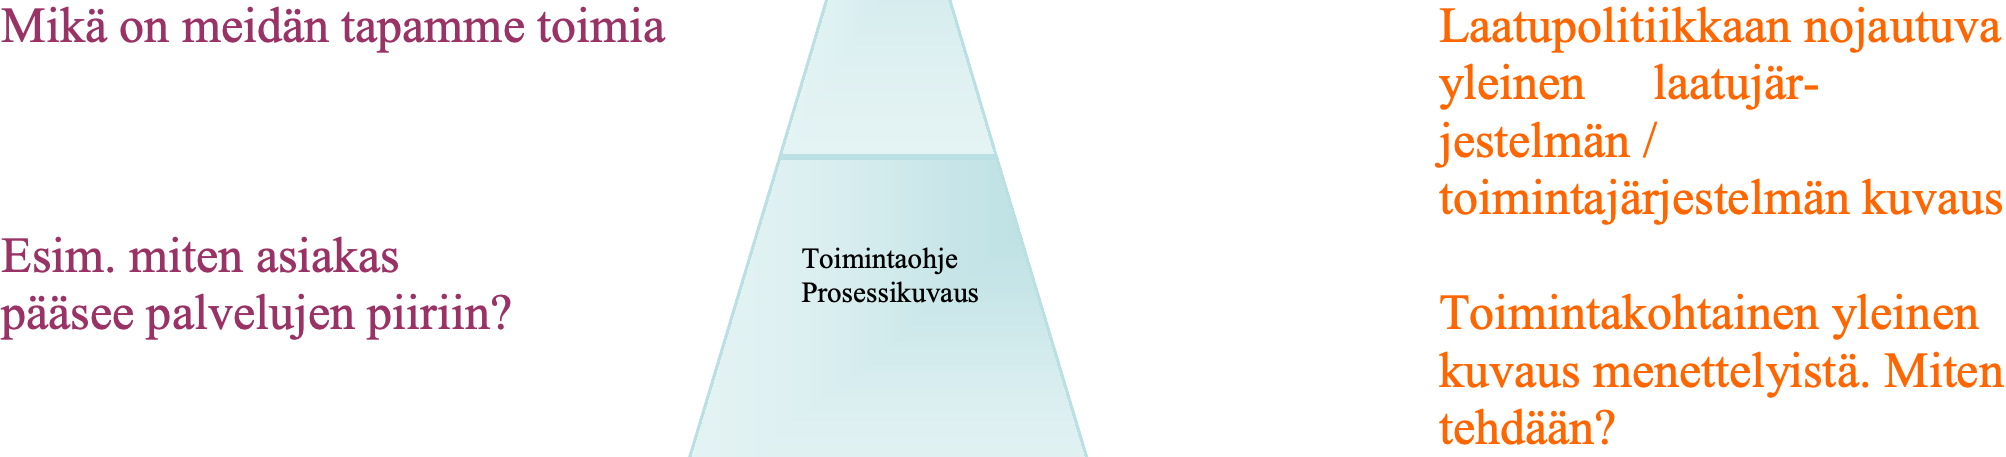
Mikä on meidän tapamme toimia                   Laatupolitiikkaan nojautuva yleinen laatujär- jestelmän / toimintajärjestelmän kuvaus Esim. miten asiakas        To imintaohje pääsee palvelujen piiriin? Pro sessikuvaus      Toimintakohtainen yleinen kuvaus menettelyistä. Miten tehdään?